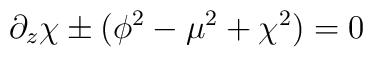
\partial_z\chi \pm  (\phi^2 - \mu^2 + \chi^2) = 0